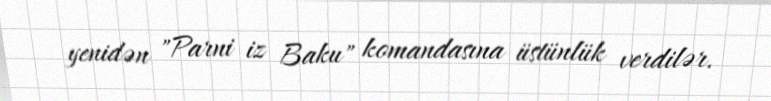
yenidən "Parni iz Baku" komandasına üstünlük verdilər.